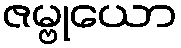
ဇမ္ဗုယော